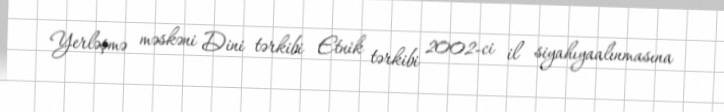
Yerləşmə məskəni Dini tərkibi Etnik tərkibi 2002-ci il siyahıyaalınmasına